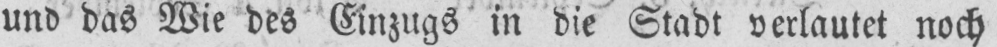
und das Wie des Einzugs in die Stadt verlautet noch